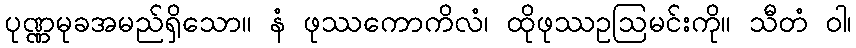
ပုဏ္ဏမုခအမည်ရှိသော။ နံ ဖုဿကောကိလံ၊ ထိုဖုဿဥဩမင်းကို။ သီတံ ဝါ၊